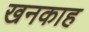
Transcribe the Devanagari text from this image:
खनकाह